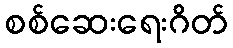
စစ်ဆေးရေးဂိတ်